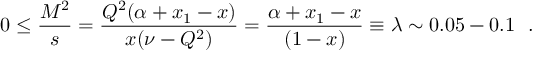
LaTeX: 0 \leq { \frac { M ^ { 2 } } { s } } = { \frac { Q ^ { 2 } ( \alpha + x _ { 1 } - x ) } { x ( \nu - Q ^ { 2 } ) } } = { \frac { \alpha + x _ { 1 } - x } { ( 1 - x ) } } \equiv \lambda \sim 0 . 0 5 - 0 . 1 \ \ .